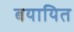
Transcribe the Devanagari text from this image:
बयायित